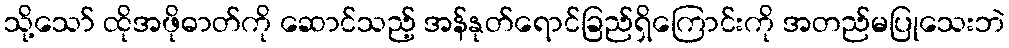
သို့သော် ထိုအဖိုဓာတ်ကို ဆောင်သည့် အန်နုတ်ရောင်ခြည်ရှိကြောင်းကို အတည်မပြုသေးဘဲ